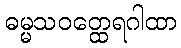
ဓမ္မသဝတ္ထေရဂါထာ